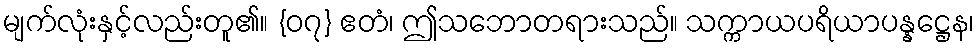
မျက်လုံးနှင့်လည်းတူ၏။ {၀၇} ဧတံ၊ ဤသဘောတရားသည်။ သက္ကာယပရိယာပန္နဋ္ဌေန၊